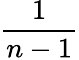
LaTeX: \frac{1}{n-1}